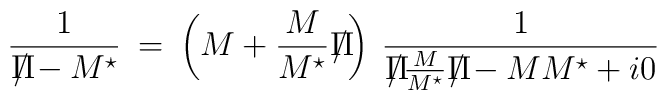
\frac{1}{ {\Pi \hspace{-8pt}/} - M^{\star} } \> = \>\left ( M + \frac{M}{M^{\star}}{\Pi \hspace{-8pt}/} \right ) \> \frac{1}{{\Pi \hspace{-8pt}/} \frac{M}{M^{\star}}{\Pi \hspace{-8pt}/} - M M^{\star} + i 0 }